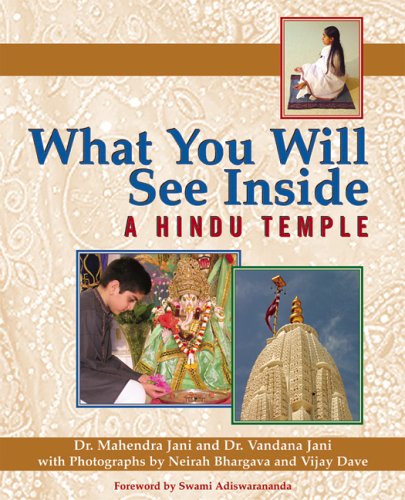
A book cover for What You Will See Inside a Hindu Temple; Dr. Mehendra Jania PhD; Children's Books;